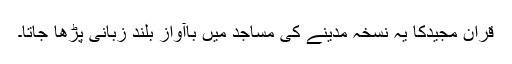
قران مجیدکا یہ نسخہ مدینے کی مساجد میں باآوازِ بلند زبانی پڑھا جاتا۔